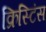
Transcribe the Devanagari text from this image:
क्रिस्टिंस